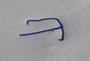
Signature authenticity: forged